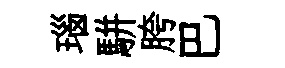
瑙駢胯巴